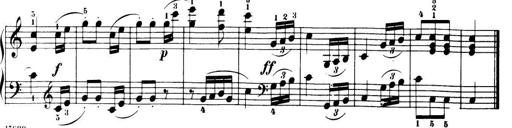
Title: 32 Sonatinas and Rondos for the Piano
Composer: Richard Kleinmichel